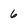
Character: 6